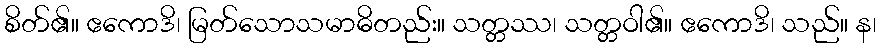
စိတ်၏။ ဧကောဒိ၊ မြတ်သောသမာဓိတည်း။ သတ္တဿ၊ သတ္တဝါ၏။ ဧကောဒိ၊ သည်။ န၊